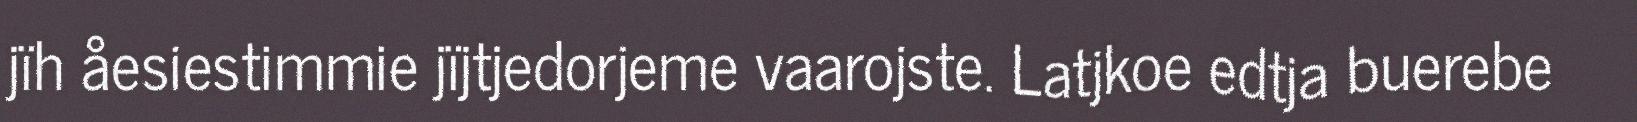
jïh åesiestimmie jïjtjedorjeme vaarojste. Latjkoe edtja buerebe